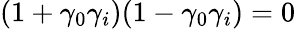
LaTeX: (1+\gamma_{0}\gamma_{i})(1-\gamma_{0}\gamma_{i})=0